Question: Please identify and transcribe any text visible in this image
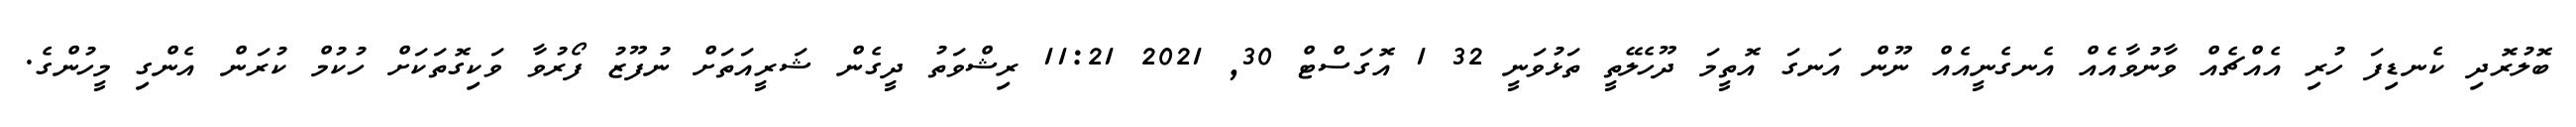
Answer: ބޮލުރޮދި ކެނޑިފަ ހުރި އެއްޗެއް ވާނުވާއެއް އެނގެނީއެއް ނޫން އަނގަ އޮތީމަ ދޫހެލޭތީ ތަޅުވަނީ 32 1 އޮގަސްޓް 30, 2021 11:21 ރިޝްވަތު ދީގެން ޝަރީއަތަށް ނުފޫޒު ފޯރުވާ ވަކިގޮތަކަށް ހުކުމް ކުރަން އެންގި މީހުންގެ.